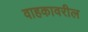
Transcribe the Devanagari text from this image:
वाहकावरील